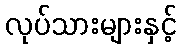
လုပ်သားများနှင့်